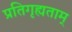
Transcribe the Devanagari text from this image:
प्रतिगृह्यताम्